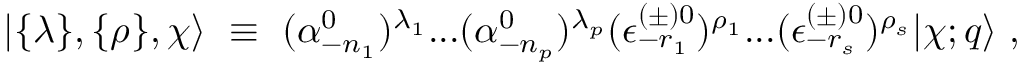
\vert \{ \lambda \} , \{ \rho \} , \chi \rangle { } ~ \equiv { } ~ ( \alpha _ { - { n _ { 1 } } } ^ { 0 } ) ^ { \lambda _ { 1 } } . . . ( \alpha _ { - { n _ { p } } } ^ { 0 } ) ^ { \lambda _ { p } } ( \epsilon _ { - r _ { 1 } } ^ { ( \pm ) 0 } ) ^ { \rho _ { 1 } } . . . ( \epsilon _ { - r _ { s } } ^ { ( \pm ) 0 } ) ^ { \rho _ { s } } \vert \chi ; q \rangle { } ~ ,